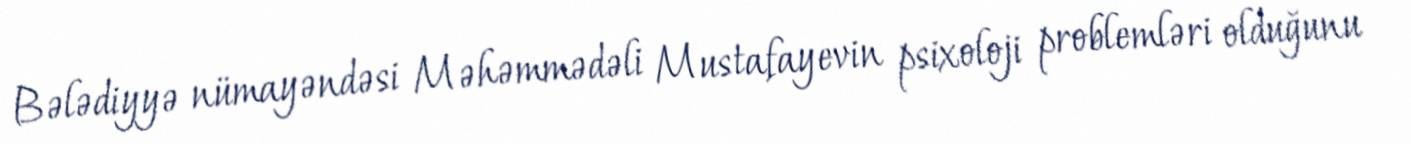
Bələdiyyə nümayəndəsi Məhəmmədəli Mustafayevin psixoloji problemləri olduğunu